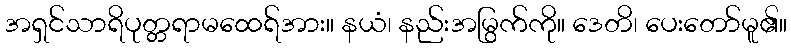
အရှင်သာရိပုတ္တရာမထေရ်အား။ နယံ၊ နည်းအမြွက်ကို။ ဒေတိ၊ ပေးတော်မူ၏။